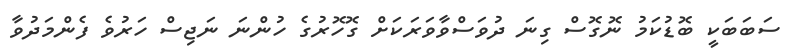
ސަބަބަކީ ބޮޑުކަމު ނޮގޮސް ގިނަ ދުވަސްވާވަރަކަށް ގޮހޮރުގެ ހުންނަ ނަޖިސް ހަރުވެ ފެންމަދުވާ